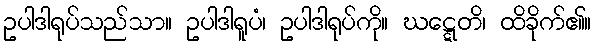
ဥပါဒါရုပ်သည်သာ။ ဥပါဒါရူပံ၊ ဥပါဒါရုပ်ကို။ ဃဋ္ဋေတိ၊ ထိခိုက်၏။